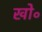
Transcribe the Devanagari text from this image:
खो॰